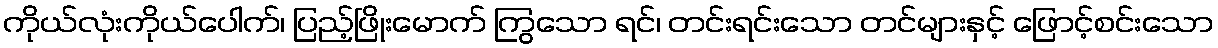
ကိုယ်လုံးကိုယ်ပေါက်၊ ပြည့်ဖြိုးမောက် ကြွသော ရင်၊ တင်းရင်းသော တင်များနှင့် ဖြောင့်စင်းသော